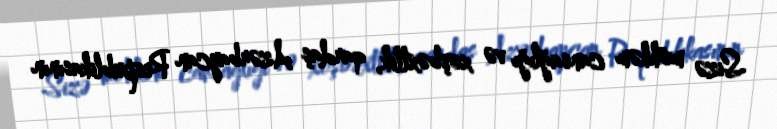
Sizə möhkəm cansağlığı və xoşbəxtlik, qardaş Azərbaycan Respublikasının